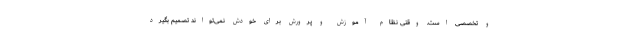
و تخصصی است. وقتی نظام آموزش و پرورش برای خودش نمی‌تواند تصمیم بگیرد